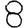
Digit: 8